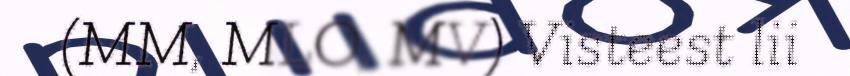
(MM, MLO, MV) Visteest lii